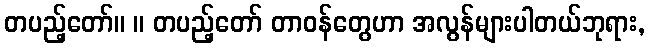
တပည့်တော်။ ။ တပည့်တော် တာဝန်တွေဟာ အလွန်များပါတယ်ဘုရား,